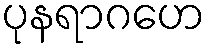
ပုနရာဂဟေ